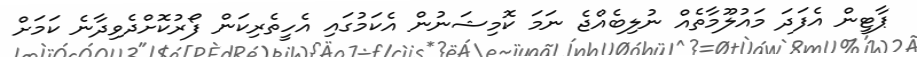
ޕާޓީން އެފަދަ މައުލޫމާތެއް ނުލިބެއްޖެ ނަމަ ކޮމިޝަނުން އެކަމުގައި އެހީތެރިކަން ފޯރުކޮށްދެވިދާނެ ކަމަށް